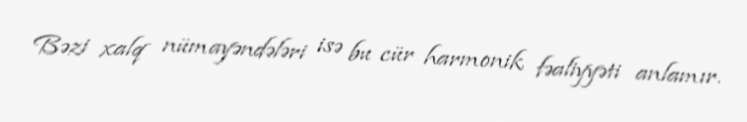
Bəzi xalq nümayəndələri isə bu cür harmonik fəaliyyəti anlamır.